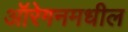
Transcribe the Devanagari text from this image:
ऑरेगनमधील